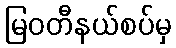
မြဝတီနယ်စပ်မှ